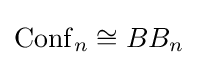
\operatorname {Conf} _{n}\cong BB_{n}